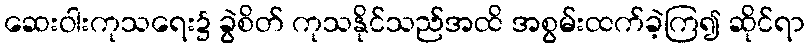
ဆေးဝါးကုသရေး၌ ခွဲစိတ် ကုသနိုင်သည်အထိ အစွမ်းထက်ခဲ့ကြ၍ ဆိုင်ရာ